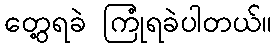
တွေ့ရခဲ ကြုံရခဲပါတယ်။